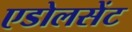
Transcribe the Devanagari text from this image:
एडोलसेंट